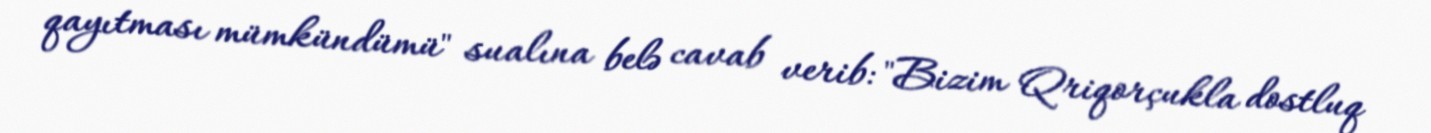
qayıtması mümkündümü" sualına belə cavab verib: "Bizim Qriqorçukla dostluq